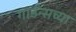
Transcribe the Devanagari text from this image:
गार्डन्सच्या